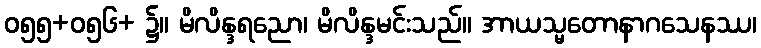
ဝ၅၅+ဝ၅၆+ ၌။ မိလိန္ဒရညော၊ မိလိန္ဒမင်းသည်။ အာယသ္မတောနာဂသေနဿ၊